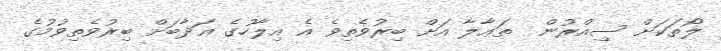
ލޯތަކަށް ސިއްރުން  ތަޢާލާ އަށް ބިރުވެތިވެ އެ އިލާހުގެ ޢަޛާބަށް ބިރުވެތިވުމުގެ